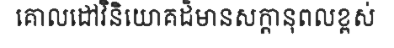
គោលដៅវិនិយោគដ៏មានសក្តានុពលខ្ពស់